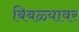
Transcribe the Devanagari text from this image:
बिबळ्यावर